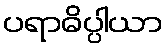
ပရာဓိပ္ပါယာ